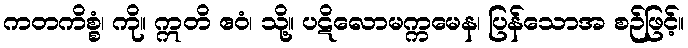
ကတကိစ္စံ၊ ကို။ ဣတိ ဧဝံ၊ သို့။ ပဋိလောမက္ကမေန၊ ပြန်သောအ စဉ်ဖြင့်။